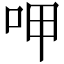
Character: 呷